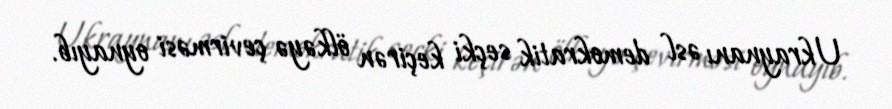
Ukraynanı əsl demokratik seçki keçirən ölkəyə çevirməsi oynayıb.